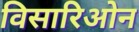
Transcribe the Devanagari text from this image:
विसारिओन